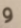
و